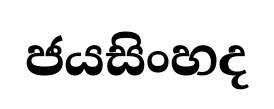
ජයසිංහද